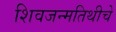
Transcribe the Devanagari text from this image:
शिवजन्मतिथीचे